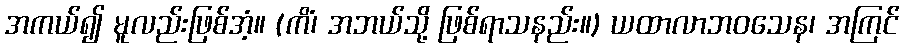
အကယ်၍ မူလည်းဖြစ်အံ့။ (ကိံ၊ အဘယ်သို့ ဖြစ်ရာသနည်း။) ယထာလာဘဝသေန၊ အကြင်